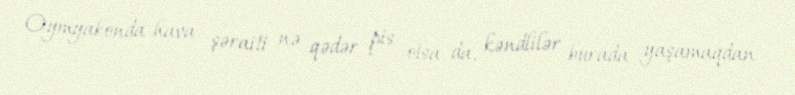
Oymyakonda hava şəraiti nə qədər pis olsa da, kəndlilər burada yaşamaqdan